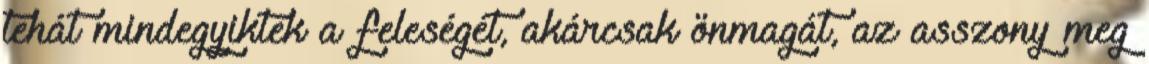
tehát mindegyiktek a feleségét, akárcsak önmagát, az asszony meg